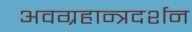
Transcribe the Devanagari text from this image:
अवग्रहान्त्रदर्शन